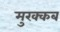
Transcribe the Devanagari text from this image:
मुरक्कब